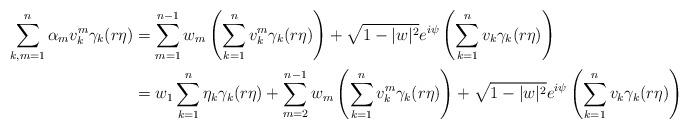
LaTeX: \begin{align*} \sum_{k,m=1}^n \alpha_m v_k^m \gamma_k(r\eta)&=\sum_{m=1}^{n-1} w_m\left(\sum_{k=1}^n v_k^m \gamma_k(r\eta)\right)+\sqrt{1-|w|^2} e^{i\psi}\left(\sum_{k=1}^n v_k \gamma_k (r\eta)\right)\\ &=w_1 \sum_{k=1}^n \eta_k \gamma_k(r\eta)+ \sum_{m=2}^{n-1} w_m\left(\sum_{k=1}^n v_k^m \gamma_k(r\eta)\right)+\sqrt{1-|w|^2} e^{i\psi}\left(\sum_{k=1}^n v_k \gamma_k (r\eta)\right)\end{align*}